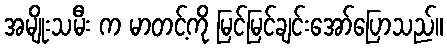
အမျိုးသမီး က မာတင့်ကို မြင်မြင်ချင်းအော်ပြောသည်။